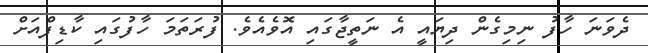
ދެވަނަ ހާފު ނިމިގެން ދިޔައީ އެ ނަތީޖާގައި އޮވެއެވެ. ފުރަތަމަ ހާފުގައި ކާޑިފްއަށް